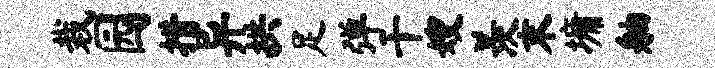
栽园措异拱足弹干嫂羡末墉舳